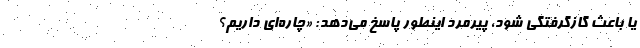
یا باعث گازگرفتگی شود، پیرمرد اینطور پاسخ می‌دهد: «چاره‌ای داریم؟